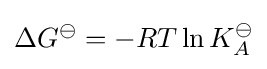
\Delta G^{\ominus }=-RT\ln {K_{A}^{\ominus }}